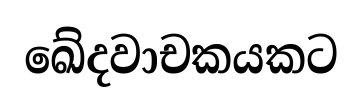
ඛේදවාචකයකට